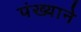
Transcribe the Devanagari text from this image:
पंख्याने